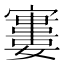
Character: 𡫤